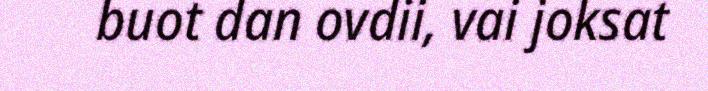
buot dan ovdii, vai joksat